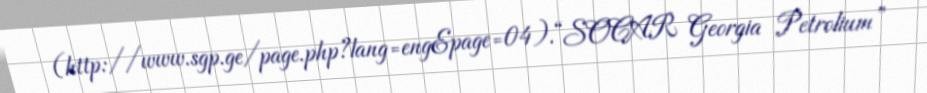
(http://www.sgp.ge/page.php?lang=eng&page=04).“SOCAR Georgia Petrolium”